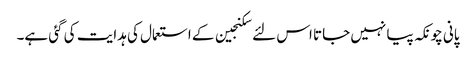
پانی چونکہ پیا نہیں جاتا اس لئے سکنجین کے استعمال کی ہدایت کی گئی ہے۔